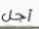
أجل